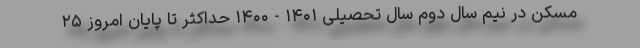
مسکن در نیم سال دوم سال تحصیلی ۱۴۰۱ - ۱۴۰۰ حداکثر تا پایان امروز ۲۵